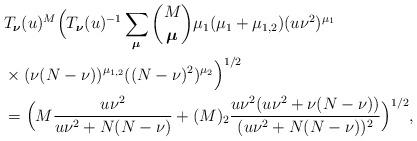
LaTeX: \begin{align*}&T_{\boldsymbol\nu}(u)^M\Bigl(T_{\boldsymbol\nu}(u)^{-1}\sum_{\boldsymbol\mu}\binom{M}{\boldsymbol\mu}\mu_1(\mu_1+\mu_{1,2}) (u\nu^2)^{\mu_1}\\&\times (\nu(N-\nu))^{\mu_{1,2}}((N-\nu)^2)^{\mu_2}\Bigr)^{1/2}\\&=\Bigl(M\frac{u\nu^2}{u\nu^2+N(N-\nu)}+(M)_2\frac{u\nu^2(u\nu^2+\nu(N-\nu))}{(u\nu^2+N(N-\nu))^2}\Bigr)^{1/2},\end{align*}